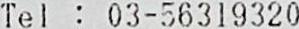
TEL : 03-56319320